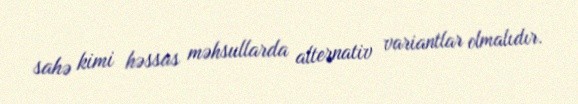
sahə kimi həssas məhsullarda alternativ variantlar olmalıdır.